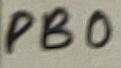
Text: PB0